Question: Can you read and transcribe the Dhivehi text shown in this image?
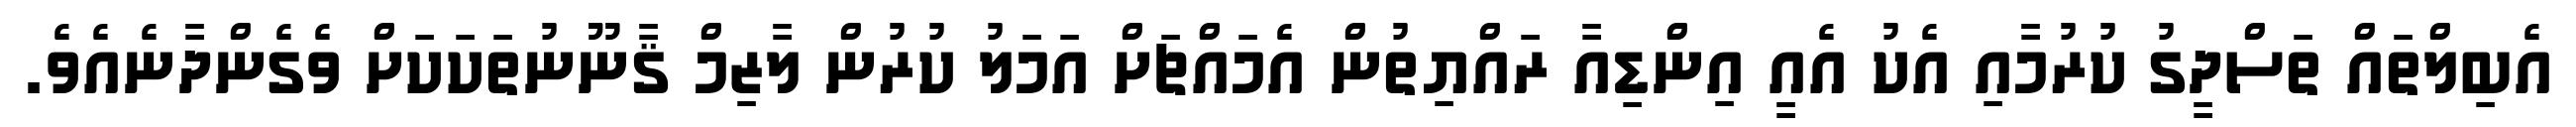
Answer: އެބިލްތައް ތަސްދީގު ކުރުމާއި އެކު އެއީ އިންޑިއާ ރައްޔިތުން އެމައްޗަށް އަމަލު ކުރުން ލާޒިމް ޤާނޫނުތަކަކަށް ވެގެންދާނެއެވެ.